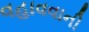
વહાવવાની